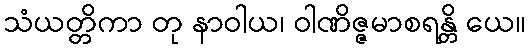
သံယတ္တိကာ တု နာဝါယ၊ ဝါဏိဇ္ဇမာစရန္တိ ယေ။